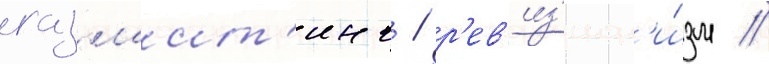
газлаит'инг / р'ев'из'ион'и́зм /